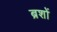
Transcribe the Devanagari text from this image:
ब्रशों